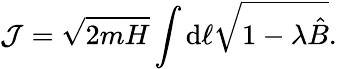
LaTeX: \mathcal{J}=\sqrt{2mH}\int\mathrm{d}\ell\sqrt{1-\lambda\hat{B}}.